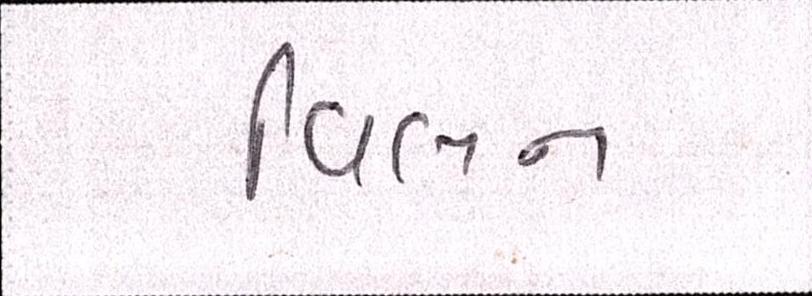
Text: વિલન